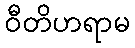
ဝီတိဟရာမ